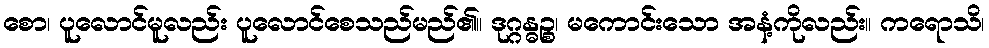
စော၊ ပူလောင်မူလည်း ပူလောင်စေသည်မည်၏။ ဒုဂ္ဂန္ဓဉ္စ၊ မကောင်းသော အနံ့ကိုလည်း။ ကရောသိ၊